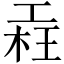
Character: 𣒳